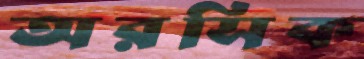
অরসিক